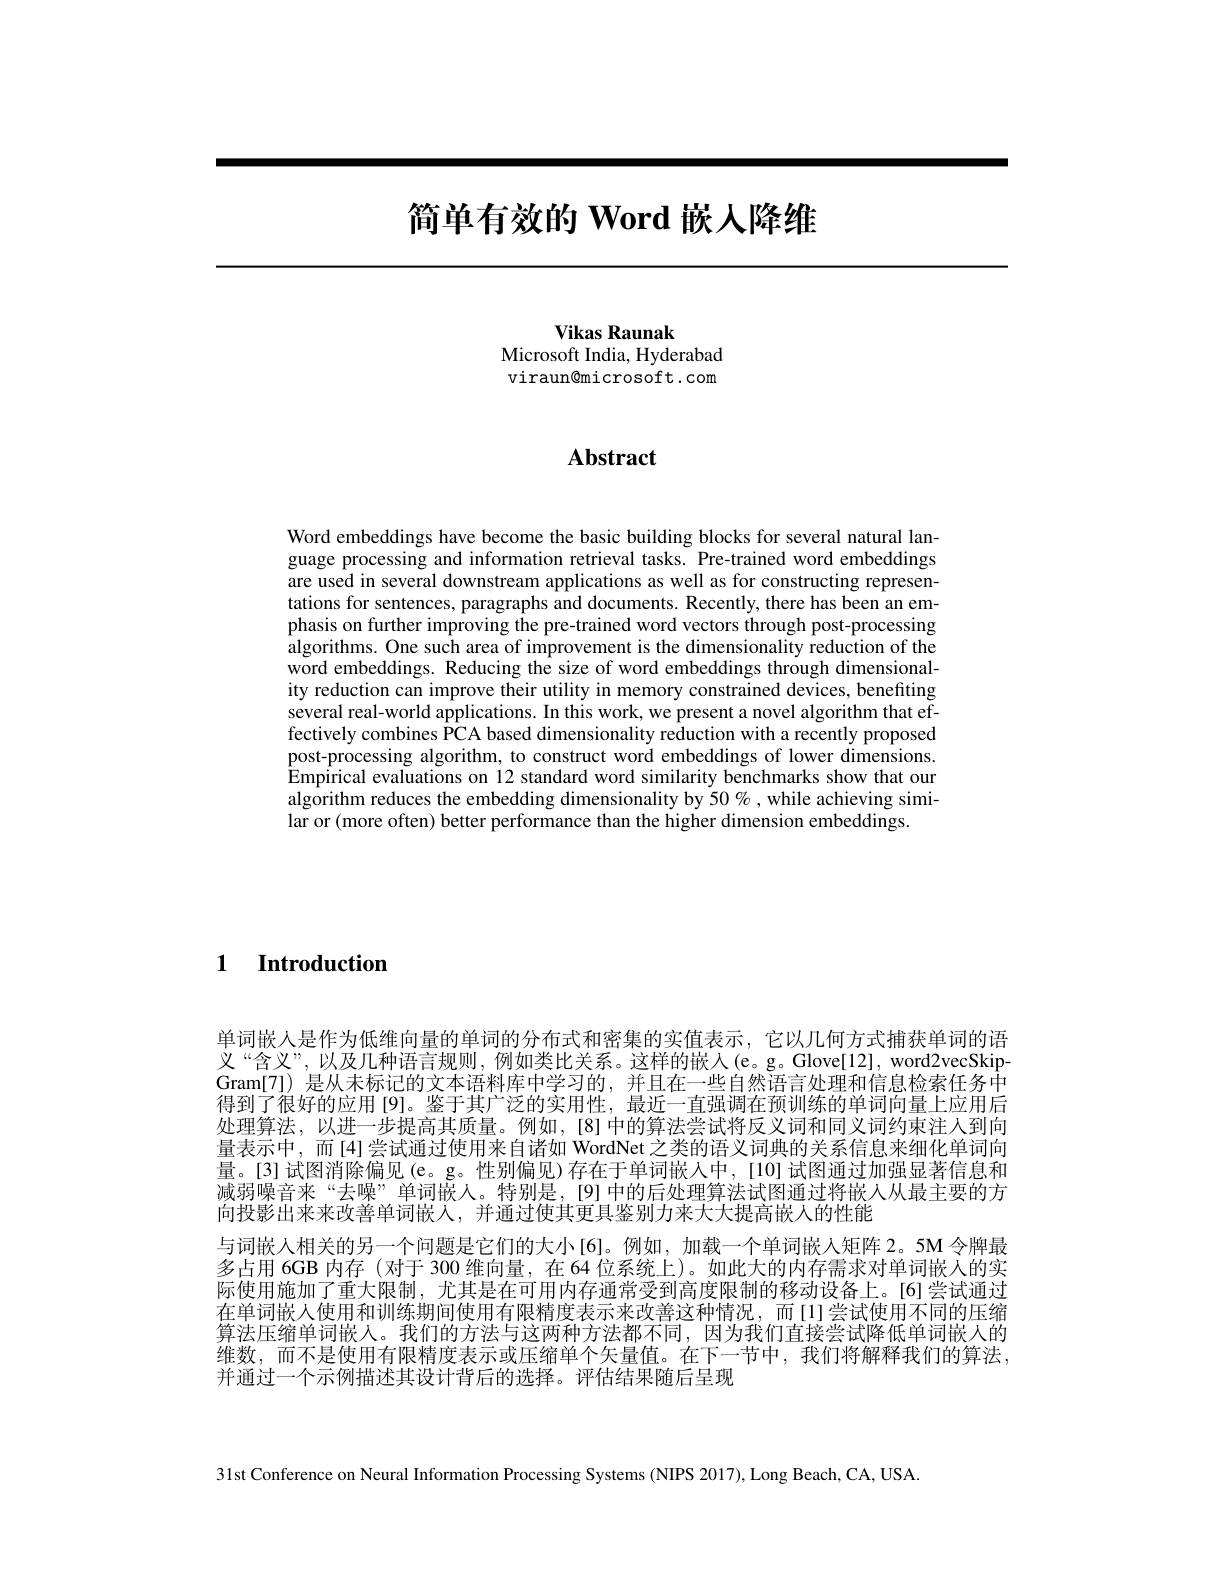
# 简单有效的 Word 嵌人降维

Vikas Raunak
Microsoft India, Hyderabad viraun@microsoft.com

# Abstract

Word embeddings have become the basic building blocks for several natural language processing and information retrieval tasks. Pre-trained word embeddings are used in several downstream applications as well as for constructing representations for sentences, paragraphs and documents. Recently, there has been an emphasis on further improving the pre-trained word vectors through post-processing algorithms. One such area of improvement is the dimensionality reduction of the word embeddings. Reducing the size of word embeddings through dimensionality reduction can improve their utility in memory constrained devices, benefiting several real-world applications. In this work, we present a novel algorithm that effectively combines PCA based dimensionality reduction with a recently proposed post-processing algorithm, to construct word embeddings of lower dimensions. $\hat{\text{Empirical evaluations on 12 standard word similarity benchmarks show that our}}$ algorithm reduces the embedding dimensionality by 50%, while achieving similar or (more often) better performance than the higher dimension embeddings.

$\textbf{1}$ $\textbf{Introduction}$

单词嵌人是作为低维向量的单词的分布式和密集的实值表示，它以几何方式捕获单词的语义“含义”,以及几种语言规则，例如类比关系。这样的嵌人(e。g。Glove[12],word2vecSkipGram[7]) 是从未标记的文本语料库中学习的，并且在一些自然语言处理和信息检索任务中得到了很好的应用 [9]。鉴于其广泛的实用性，最近一直强调在预训练的单词向量上应用后处理算法，以进一步提高其质量。例如，[8] 中的算法尝试将反义词和同义词约束注人到向量表示中，而[4]尝试通过使用来自诸如 WordNet 之类的语义词典的关系信息来细化单词向量。[3]试图消除偏见(e。g。性别偏见)存在于单词嵌入中，[10]试图通过加强显著信息和减弱噪音来“去噪”单词嵌人。特别是，[9]中的后处理算法试图通过将嵌人从最主要的方向投影出来来改善单词嵌人，并通过使其更具鉴别力来大大提高嵌人的性能
与词嵌人相关的另一个问题是它们的大小[6]。例如，加载一个单词嵌人矩阵 2。5M 令牌最多占用 6GB 内存 (对于 300 维向量，在 64 位系统上)。如此大的内存需求对单词嵌人的实际使用施加了重大限制，尤其是在可用内存通常受到高度限制的移动设备上。[6]尝试通过在单词嵌人使用和训练期间使用有限精度表示来改善这种情况，而[1]尝试使用不同的压缩算法压缩单词嵌入。我们的方法与这两种方法都不同，因为我们直接尝试降低单词嵌人的维数，而不是使用有限精度表示或压缩单个矢量值。在下一节中，我们将解释我们的算法， 并通过一个示例描述其设计背后的选择。评估结果随后呈现

31st Conference on Neural Information Processing Systems (NIPS 2017), Long Beach, CA, USA